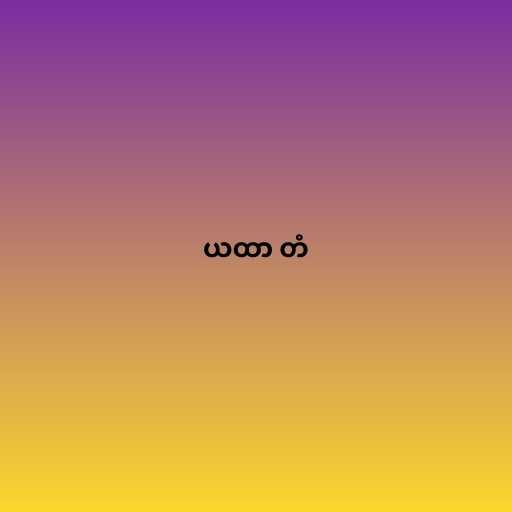
ယထာ တံ